Lunatic asylums in Bengal annual reports 1912-1924 - 1912-1924
Year: 1912
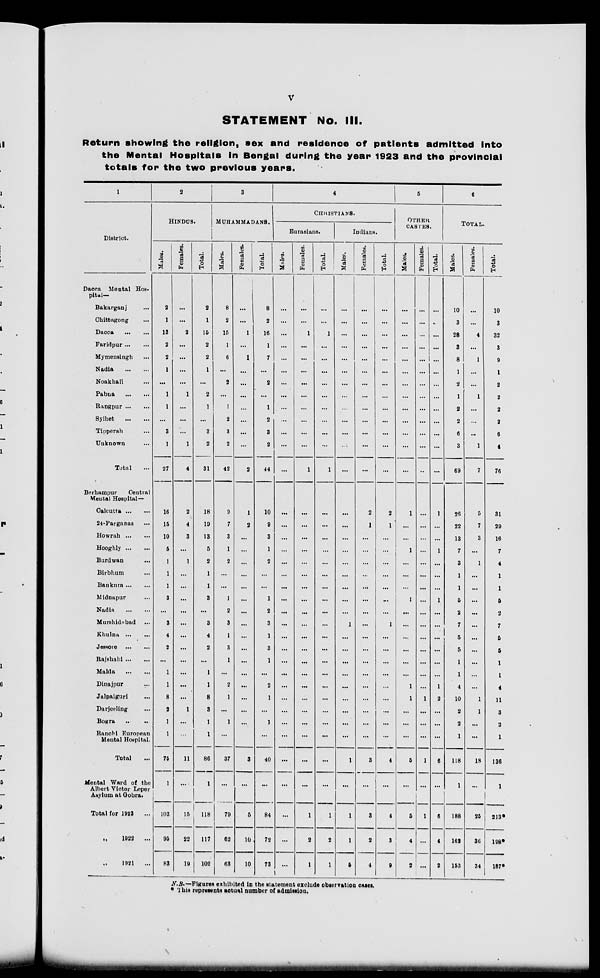
v
STATEMENT No. III.
Return showing the religion, sex and residence of patients admitted into
the Mental Hospitals in Bengal during the year 1923 and the provincial
totals for the two previous years.
1
District.
Dacca Mental Hos-
pital—
Bakarganj ...
Chittagong ...
Dacca
...
...
Faridpur ... ...
Mymensingh ...
Nadia
...
...
Noakhali ...
Pabna
...
...
Rangpur ... ...
Sylhet
...
...
Tipperah ...
Unknown ...
Total ...
Berhampur
Central
Mental Hospital—
Calcutta ... ...
24-Parganas ...
Howrah ... ...
Hooghly ... ...
Burdwan ...
Birbhum ...
Baukura ... ...
Midnapur ...
Nadia
...
...
Murshidabad ...
Khulna ... ...
Jessore
...
...
Rajshahi ... ...
Malda
...
...
Dinajpur ... ...
Jalpaiguri ... ...
Darjeeling ...
Bogra ... ...
Ranchi European
Mental Hospital.
Total ...
Mental Ward of the
Albert Victor Leper
Asylum at Gobra.
Total for 1923 ...
„ 1922
...
„ 1921
...
2
HINDUS.
Males.
2
1
13
2
2
1
...
1
1
...
3
1
27
18
15
10
5
1
1
1
3
...
3
4
2
...
1
1
8
2
1
1
75
1
103
95
83
Females.
...
...
2
...
...
...
...
1
...
...
...
1
4
2
4
3
...
1
...
...
...
...
...
...
...
...
...
...
...
1
...
...
11
...
15
22
19
Total.
2
1
15
2
2
1
...
2
1
...
3
2
31
18
19
13
5
2
1
1
3
...
3
4
2
...
1
1
8
3
1
1
86
1
118
117
102
3
MUHAMMADANS.
Males.
8
2
15
1
6
...
2
...
1
2
3
2
42
9
7
3
1
2
...
...
1
2
3
1
3
1
...
2
1
...
1
...
37
...
79
62
63
Females.
...
...
1
1
...
...
...
...
...
...
...
2
1
2
...
...
...
...
...
...
...
...
...
...
...
...
...
...
...
...
3
...
5
10
10
Total.
8
2
16
1
7
...
2
...
1
2
3
2
44
10
9
3
1
2
...
...
1
2
3
1
3
1
...
2
1
...
1
...
40
...
84
72
73
4
CHRISTIANS.
Eurasians.
Males.
...
...
...
...
...
...
...
...
...
...
...
...
...
...
...
...
...
...
...
...
...
...
...
...
...
...
...
...
...
...
...
...
...
...
...
...
...
Females.
...
...
1
...
...
...
...
...
...
...
...
...
1
...
...
...
...
...
...
...
...
...
...
...
...
...
...
...
...
...
...
...
...
...
1
2
1
Total.
...
...
1
...
...
...
...
...
...
...
...
...
1
...
...
...
...
...
...
...
...
...
...
...
...
...
...
...
...
...
...
...
...
...
1
2
1
Indians.
Males.
...
...
...
...
...
...
...
...
...
...
...
...
...
...
...
...
...
...
...
...
1
...
...
...
...
...
...
...
...
...
1
...
1
1
5
Females.
...
...
...
...
...
...
...
...
...
...
...
...
...
2
1
...
...
...
...
...
...
...
...
...
...
...
...
...
...
...
...
...
3
...
3
2
4
Total.
...
...
...
...
...
...
...
...
...
...
...
...
...
2
1
...
...
...
...
...
...
...
1
...
...
...
...
...
...
...
...
...
4
...
4
3
9
5
OTHER
CASTES.
Males.
...
...
...
...
...
...
...
...
...
...
...
...
...
1
...
...
1
...
...
...
1
...
...
...
...
...
...
1
1
...
...
...
5
...
5
4
2
Females.
...
...
...
...
...
...
...
...
...
...
...
...
...
...
...
...
...
...
...
...
...
...
...
...
...
...
...
1
...
...
...
1
...
1
...
...
Total.
...
...
...
...
...
...
...
...
...
...
...
...
...
1
...
...
1
...
...
...
1
...
...
...
...
...
...
1
2
...
...
...
6
...
6
4
2
6
TOTAL.
Males.
10
3
28
3
8
1
2
1
2
2
6
3
69
26
22
13
7
3
1
1
5
2
7
5
5
1
1
4
10
2
2
1
118
1
188
162
153
Females.
...
...
4
...
1
...
...
1
...
...
...
1
7
5
7
3
...
1
...
...
...
...
...
...
...
...
...
...
1
1
...
...
18
...
35
36
34
Total.
10
3
32
3
9
1
2
2
2
2
6
4
76
31
29
16
7
4
1
1
5
2
7
5
5
1
1
4
11
3
2
1
136
1
213*
198*
187*
N.B.— Figures exhibited in the statement exclude observation cases.
* This represents actual number of admission.